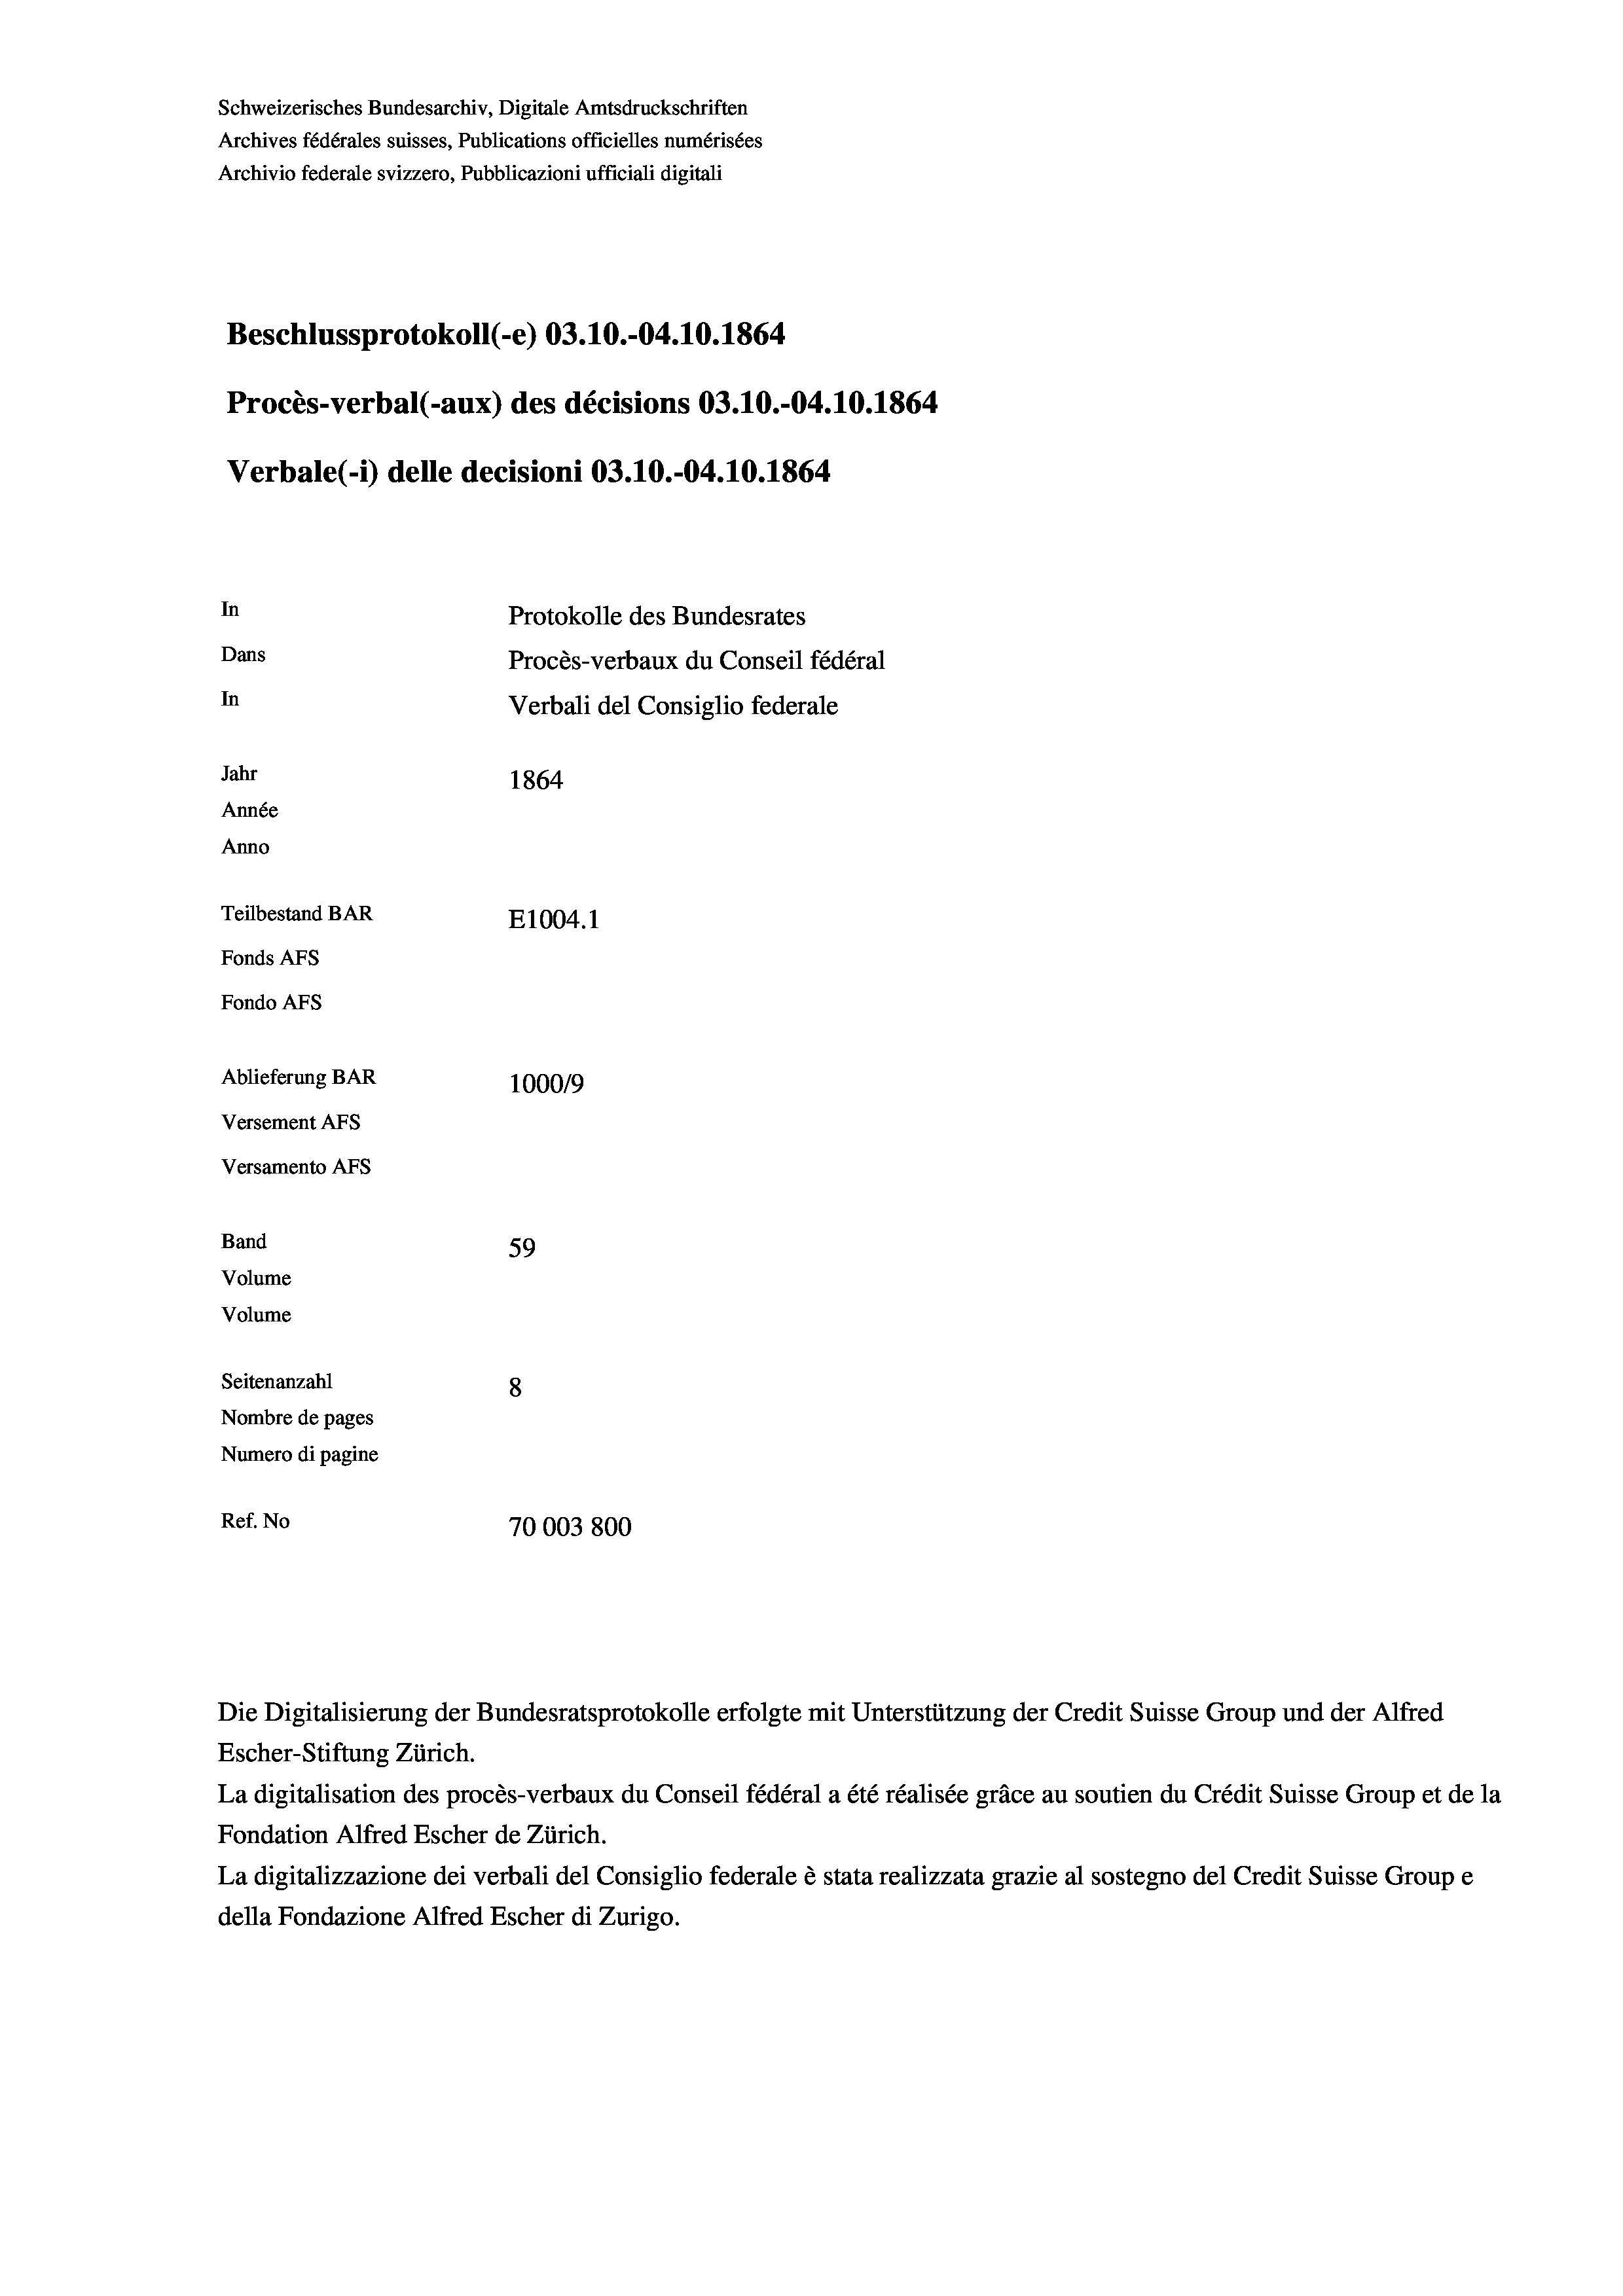
Schweizerisches Bundesarchiv, Digitale Amtsdruckschriften
Archives fédérales suisses, Publications officielles numérisées
Archivio federale svizzero, Pubblicazioni ufficiali digitali
Beschlussprotokoll (-e) 03.10.-04.10.1864
Procès-verbal (-aux) des décisions 03.10.-04.10.1864
Verbale(-*) delle decisioni 03.10.-04.10.1864
In
Protokolle des Bundesrates
Dans
Procès-verbaux du Conseil fédéral
In
Verbali del Consiglio federale
Jahr
1864
Année
Anno
Teilbestand BAR
E1004.1
Fonds AFs
Fondo AFs
Ablieferung BAR
100019
Versement As
Versamento Afs

59
Seitenanzahl
8
Nombre de pages
Numero di pagine
Ref. No
70003 800

Band
Volume
Volume

Escher-Stiftung Zürich.
La digitalisation des procès-verbaux du Conseil fédéral a été réalisée gräce au soutien du Crédit Suisse Group et de la
Fondation Alfred Escher de Zürich.
La digitalizzazione dei verbali del Consiglio federale è stata realizzata grazie al sostegno del Credit Suisse Groupe
della Fondazione Alfred Escher di Zurigo.

Die Digitalisierung der Bundesratsprotokolle erfolgte mit Unterstützung der Credit Suisse Group und der Alfred